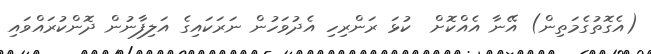
(އެގޮތުގެމަތިން) އޭނާ އެއްކޮށް  ކުޅަ ރަންރިހި އެދުވަހުން ނަރަކައިގެ އަލިފާނުން ދޮންކުރައްވައި